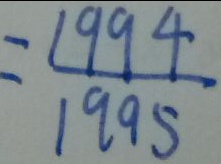
= \frac { 1 9 9 4 } { 1 9 9 5 }